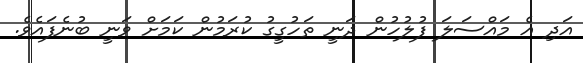
އަދި އެ މައްސަލަ ފުލުހުން ދަނީ ތަހުގީގު ކުރަމުން ކަމަށް ވަނީ ބުނެފައެވެ.